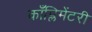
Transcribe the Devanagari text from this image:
काँप्लिमेंटरी